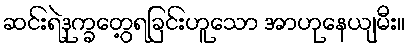
ဆင်းရဲဒုက္ခတွေ့ရခြင်းဟူသော အာဟုနေယျမီး။